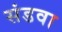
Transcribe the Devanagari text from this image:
संडवा